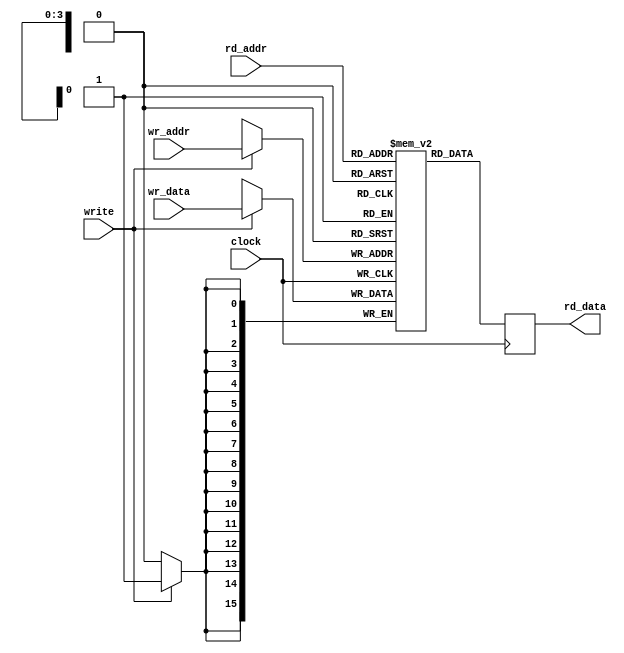


module ram16 (input clock, input write, 
	      input [3:0] wr_addr, input [15:0] wr_data,
	      input [3:0] rd_addr, output reg [15:0] rd_data);

   reg [15:0] 		ram_array [0:15];

   always @(posedge clock)
     rd_data <= #1 ram_array[rd_addr];

   always @(posedge clock)
     if(write)
       ram_array[wr_addr] <= #1 wr_data;

endmodule // ram16